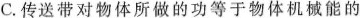
C.传送带对物体所做的功等于物体机械能的